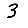
Digit: 3